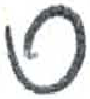
אות: ס